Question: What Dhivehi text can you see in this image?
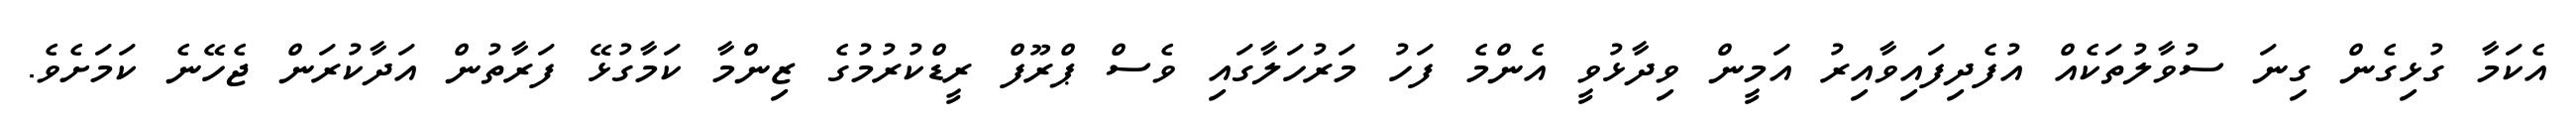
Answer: އެކަމާ ގުޅިގެން ގިނަ ސުވާލުތަކެއް އުފެދިފައިވާއިރު އަމީން ވިދާޅުވީ އެންމެ ފަހު މަރުހަލާގައި ވެސް ޕްރޫފް ރީޑްކުރުމުގެ ޒިންމާ ކަމާގުޅޭ ފަރާތުން އަދާކުރަން ޖެހޭނެ ކަމަށެވެ.